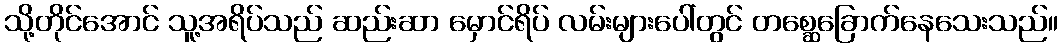
သို့တိုင်အောင် သူ့အရိပ်သည် ဆည်းဆာ မှောင်ရိပ် လမ်းများပေါ်တွင် တစ္ဆေခြောက်နေသေးသည်။